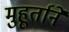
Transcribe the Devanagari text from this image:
मुहूर्ताने